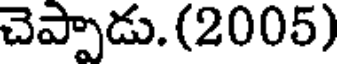
చెప్పాడు.(2005)